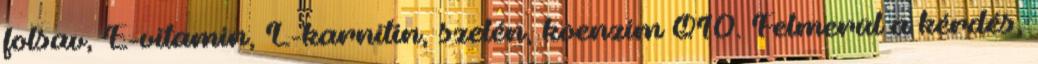
folsav, E-vitamin, L-karnitin, szelén, koenzim Q10. Felmerül a kérdés,